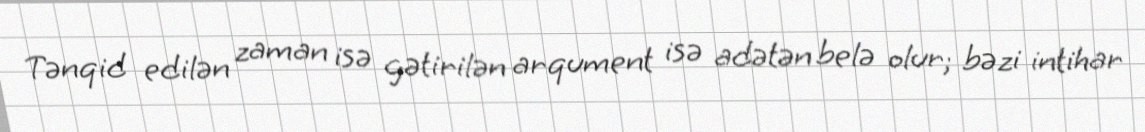
Tənqid edilən zaman isə gətirilən arqument isə adətən belə olur; bəzi intihar